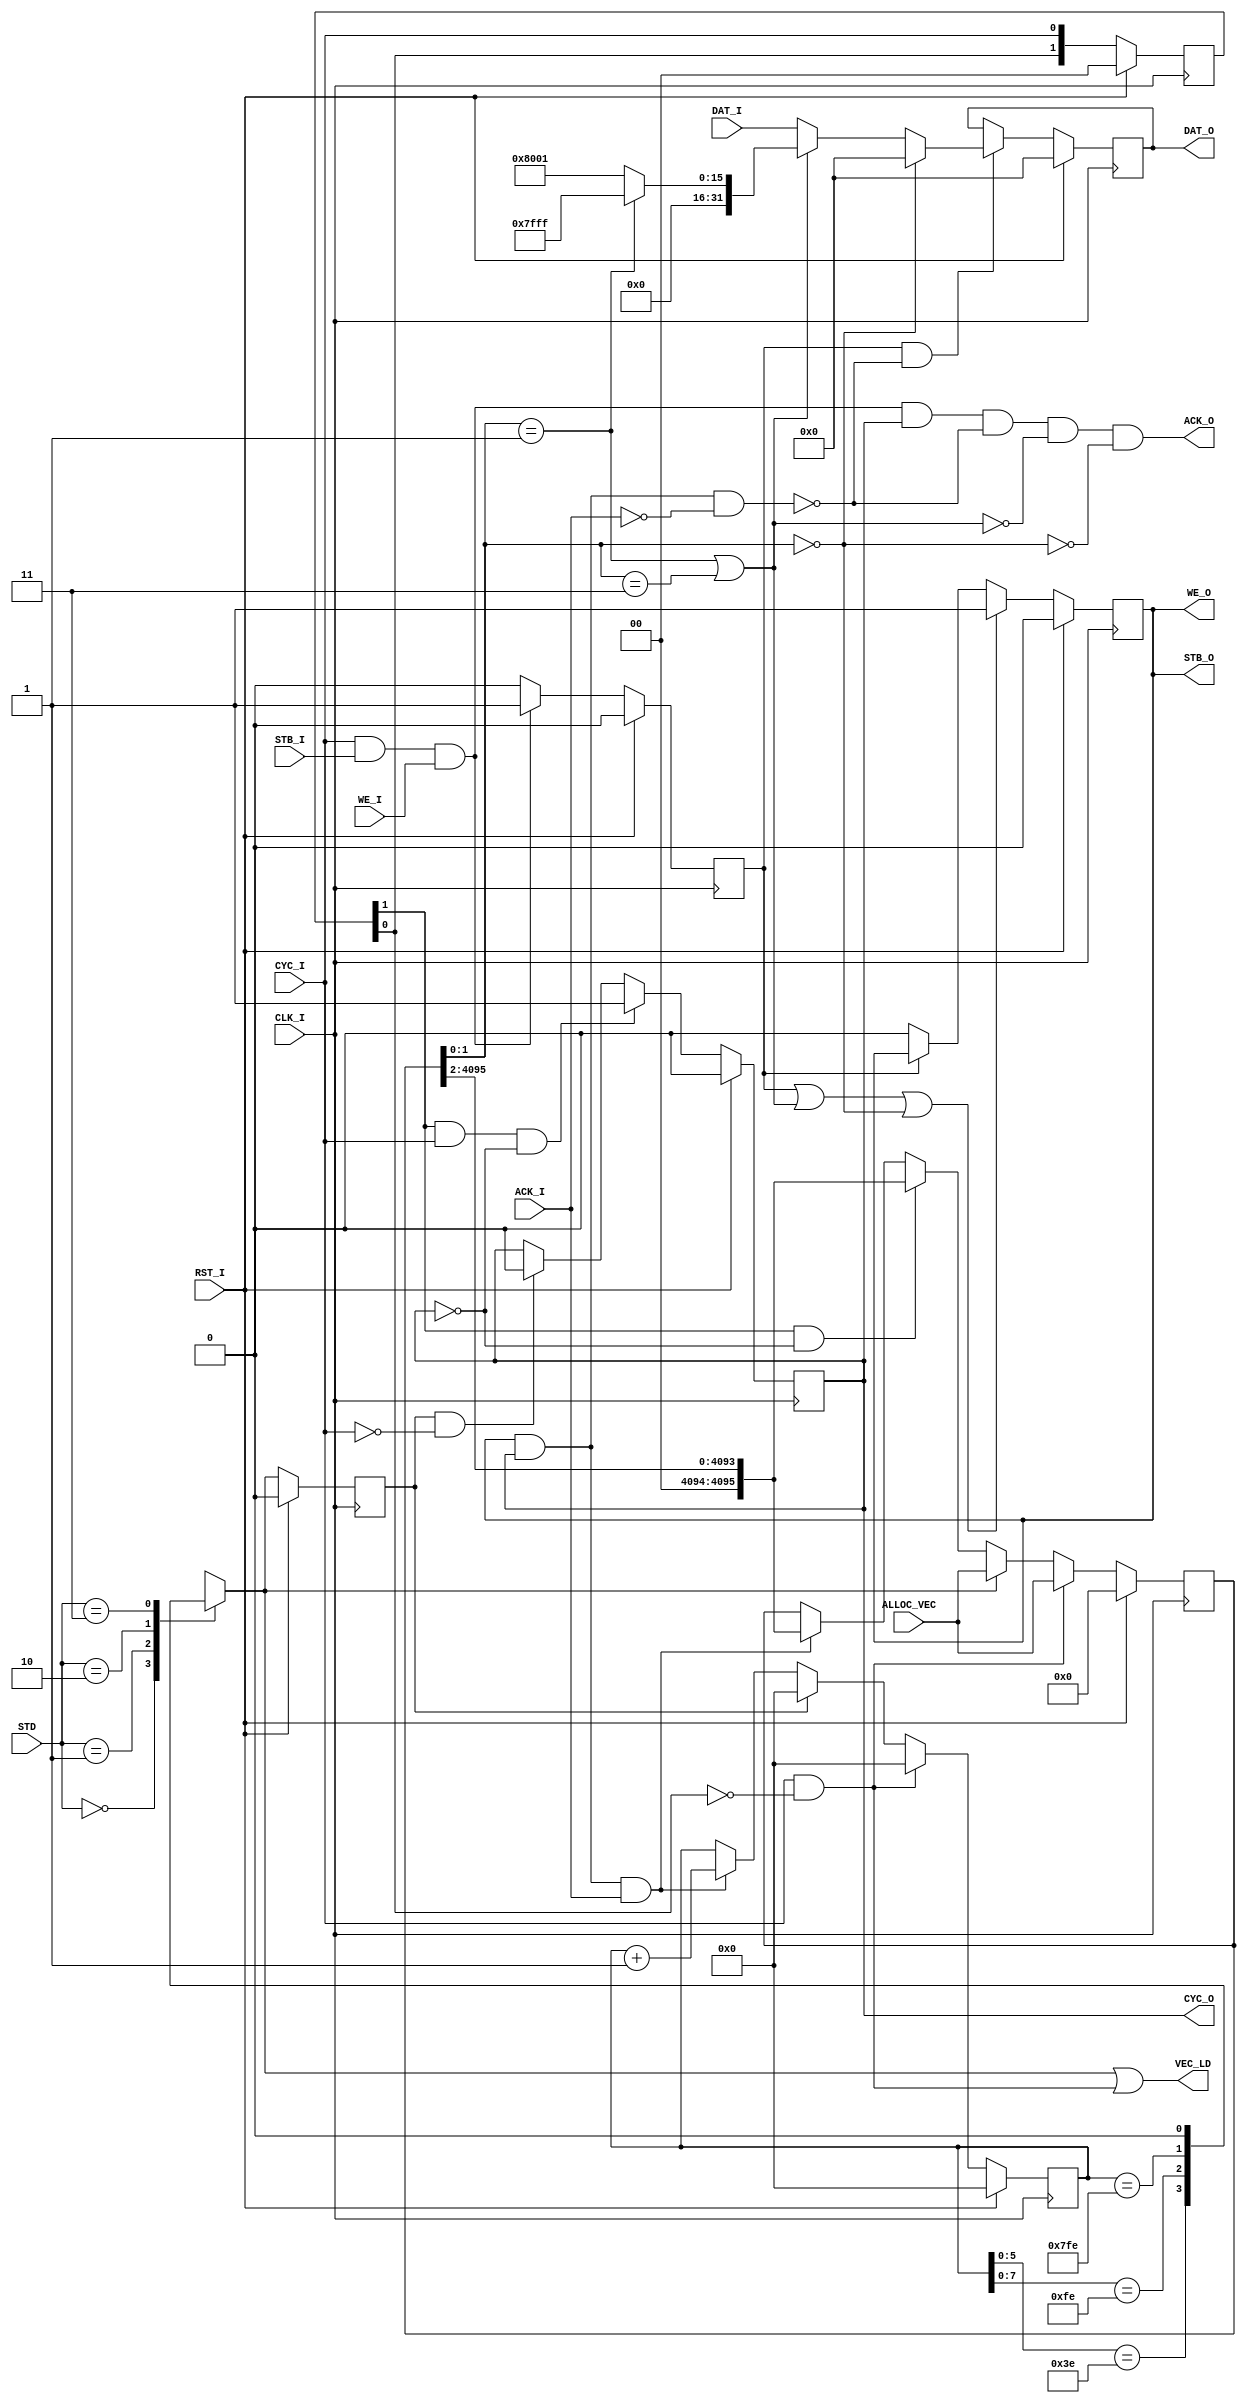
`timescale 1ns / 1ps
//////////////////////////////////////////////////////////////////////////////////
// Company: 
// Engineer: 
// 
// Design Name: 
// Module Name:    Pilots_Insert 
// Project Name: 
// Target Devices: 
// Tool versions: 
// Description: 
//
// Dependencies: 
//
// Revision: 
// Revision 0.01 - File Created
// Additional Comments: 
//
//////////////////////////////////////////////////////////////////////////////////
module Pilots_Insert(
 	input 			CLK_I, RST_I,
	input [31:0] 	DAT_I,
	input 			CYC_I, WE_I, STB_I, 
	output			ACK_O,
	
	output reg [31:0]	DAT_O,
	output reg		CYC_O, STB_O,
	output			WE_O,
	input				ACK_I,

	input [1:0]		STD,		// style of standard 00:802.16; 01:802.16; 10:802.22
	input [4095:0] ALLOC_VEC,
	output			VEC_LD
    );
parameter P_P = 16'h7fff;	// +1 in Q1.15
parameter P_N = 16'h8001;	// -1 in Q1.15 
//reg [1:0] alloc_vec 	 [0:4096];   // signed bit of real part of pilots,
//initial $readmemh("./MY_SOURCES/Al_vec.txt", alloc_vec);

reg  [31:0]	idat;
wire [31:0]  odat;
reg			ival;	
wire 			out_halt, ena;
wire			datout_ack;


reg [10:0]	dat_cnt;
reg [10:0]	alloc_ptr;			// pointer of allocation vector
wire			pil_insert_ena;
wire			car_unactive;
wire			pil_N;				// insert negative pilot
wire			pil_P;				// insert positive pilot
wire [15:0] pil_Re;
wire [1:0]	cur_carrier;
reg			sym_end; 


assign 	out_halt  	= (STB_O)&(CYC_O) & (~ACK_I);
assign 	datout_ack	= STB_O&(CYC_O) & ACK_I;
assign 	ena 			= CYC_I & STB_I & WE_I;
assign 	ACK_O 		= ena & CYC_O & (~out_halt) & (~pil_insert_ena) & (~car_unactive);

always @(posedge CLK_I) begin
	if(RST_I) 			idat<= 2'b00;
	else if(ACK_O) 	idat <= DAT_I;
end
always @(posedge CLK_I) begin
	if(RST_I) 		ival <= 1'b0;
	else if(ena)	ival <= 1'b1;
	else				ival <= 1'b0;
end

always @(posedge CLK_I)
begin
	if(RST_I)											STB_O <= 1'b0;
	else if(ival|pil_insert_ena|car_unactive)	STB_O <= 1'b1;
	else if(~ival) 									STB_O <= 1'b0;
end

reg [1:0] icyc;
always @(posedge CLK_I)
begin
	if(RST_I)		icyc <= 2'b00;		
	else				icyc <= {icyc[0],CYC_I};	
end

always @(posedge CLK_I)
begin
	if(RST_I)										CYC_O	<= 1'b0;			
	else if (icyc[1] & CYC_I & (~CYC_O))	CYC_O	<= 1'b1;
	else if (sym_end & (~CYC_I))				CYC_O	<= 1'b0;
end
assign odat = (car_unactive)? 32'd0: (pil_insert_ena)? {16'd0, pil_Re} : DAT_I;
always @(posedge CLK_I)
begin
	if(RST_I)							DAT_O <= 32'b0;
	else if(ival & (~out_halt))	DAT_O <= odat;	
end
assign WE_O  = STB_O;	 

always@(posedge CLK_I)
begin
	if(RST_I)										dat_cnt	<= 11'd0;		
	else if(CYC_I & (~icyc[0]))				dat_cnt	<= 11'd0;
	else if(sym_end)								dat_cnt	<= 11'd0;
	else if(datout_ack)						   dat_cnt	<= dat_cnt + 1'b1;
end

reg vec_nd;
always@(*) begin
	   case (STD)
      2'b00  : begin
						vec_nd = (dat_cnt[5:0] == 11'd62);
					end
      2'b01  : begin
						vec_nd = (dat_cnt[7:0] == 11'd254);
					end
      2'b10  : begin
						vec_nd = (dat_cnt == 11'd2046);
					end
      2'b11  : begin
						vec_nd = 1'b0;
					end
      default: begin
						vec_nd = 1'b0;
					end
   endcase
end
assign VEC_LD = vec_nd|(CYC_I & (~icyc[0]));
always@(posedge CLK_I)
begin
	if(RST_I)		sym_end	<= 1'd0;		
	else 				sym_end  <= vec_nd;	
end
//assign VEC_LD = vec_ld;

reg [4095:0] alloc_reg;
always@(posedge CLK_I)
begin
	if(RST_I)							alloc_reg	<= 11'd0;		
	else if(CYC_I & (~icyc[0]))	alloc_reg	<= ALLOC_VEC;
	else if(vec_nd)					alloc_reg	<= ALLOC_VEC;
	else if(icyc[1] & (~CYC_O))	alloc_reg	<= {2'b00, alloc_reg[4095:2]};
	else if(datout_ack)				alloc_reg	<=	{2'b00, alloc_reg[4095:2]};;
end

wire [1:0] 	cur_alloc;
assign 		cur_alloc			= alloc_reg[1:0];
assign 		pil_Re 				= (pil_P)? P_P : P_N;
assign 		pil_P 				= (cur_alloc == 2'b01);
assign 		pil_N 				= (cur_alloc == 2'b11);
assign 		car_unactive   	= (cur_alloc == 2'b00);
assign 		pil_insert_ena 	=  pil_P|pil_N;

endmodule